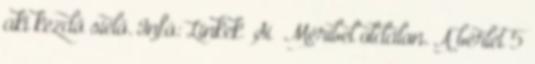
aki kezdő síelő. Infó: Linkek Sí Méribel oldalon. A bérlet 5